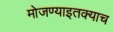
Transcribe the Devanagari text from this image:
मोजण्याइतक्याच